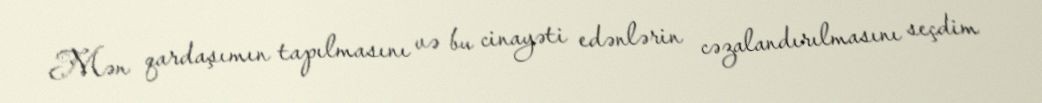
Mən qardaşımın tapılmasını və bu cinayəti edənlərin cəzalandırılmasını seçdim